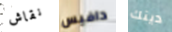
نقاش دافيس دينك